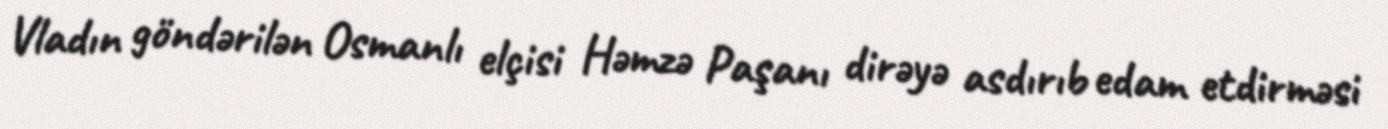
Vladın göndərilən Osmanlı elçisi Həmzə Paşanı dirəyə asdırıb edam etdirməsi